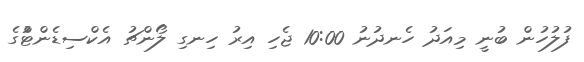
ފުލުހުން ބުނީ މިއަދު ހެނދުނު 10:00 ޖެހި އިރު ހިނގި ލޯންޗު އެކްސިޑެންޓްުގެ